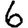
Digit: 6